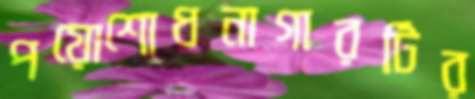
পয়োশোধনাগারটির